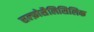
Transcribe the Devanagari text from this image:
सल्फ़ोसैलिसिलिक